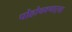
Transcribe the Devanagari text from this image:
पोहोचवणार्‍या